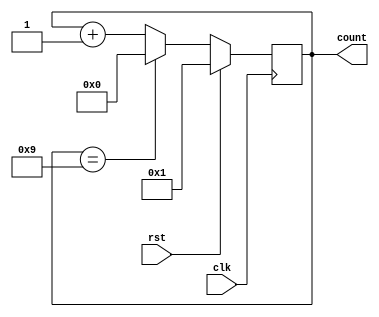
module mod_counter(clk,rst,count);
  parameter N = 10;
  parameter WIDTH = 4;
  input clk,rst;
  output reg [WIDTH-1:0] count;
  always@(posedge clk) begin
    if(rst)
      count <= 4'b0001;
    else begin
      if(count == N-1)
        count <= 0;
      else
        count = count+1;
    end
  end
endmodule